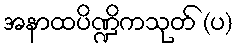
အနာထပိဏ္ဍိကသုတ် (ပ)